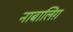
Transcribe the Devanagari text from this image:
नाबालिग़